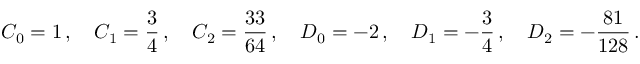
C _ { 0 } = 1 \, , \quad C _ { 1 } = \frac { 3 } { 4 } \, , \quad C _ { 2 } = \frac { 3 3 } { 6 4 } \, , \quad D _ { 0 } = - 2 \, , \quad D _ { 1 } = - \frac { 3 } { 4 } \, , \quad D _ { 2 } = - \frac { 8 1 } { 1 2 8 } \, .